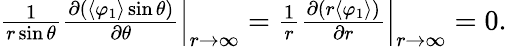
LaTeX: \begin{array}{r}{\left.\frac{1}{r\sin\theta}\frac{\partial(\langle\varphi_{1}\rangle\sin\theta)}{\partial\theta}\right|_{r\to\infty}=\left.\frac{1}{r}\frac{\partial(r\langle\varphi_{1}\rangle)}{\partial r}\right|_{r\to\infty}=0.}\end{array}